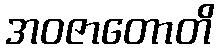
အဝဇာတောတိ